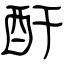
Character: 酐